Vaccination in Bombay 1856-1862 - 1856-1862
Year: 1856
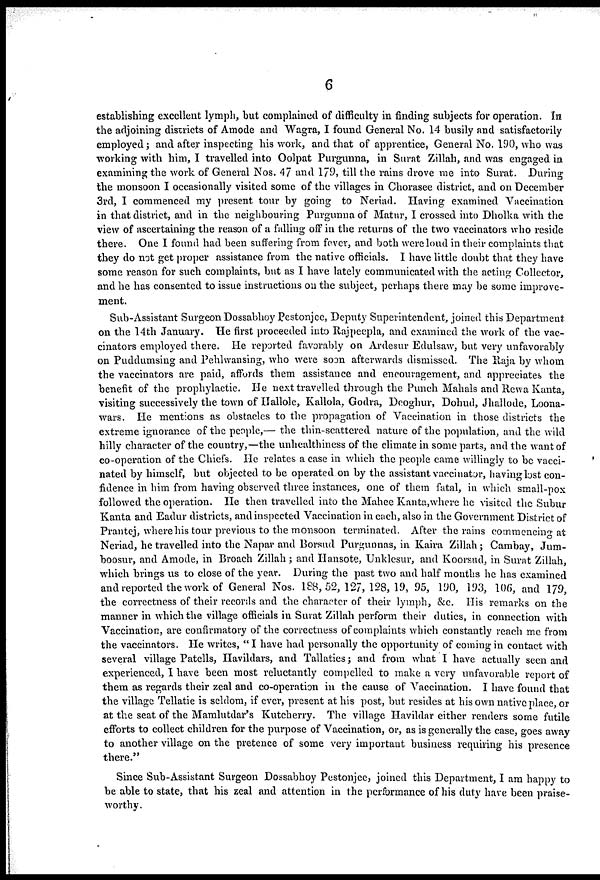
6
establishing excellent lymph, but complained of difficulty in finding subjects for operation. In
the adjoining districts of Amode and Wagra, I found General No. 14 busily and satisfactorily
employed ; and after inspecting his work, and that of apprentice, General No. 190, who was
working with him, I travelled into Oolpat Purgunna, in Surat Zillah, and was engaged in
examining the work of General Nos. 47 and 179, till the rains drove me into Surat. During
the monsoon I occasionally visited some of the villages in Chorasee district, and on December
3rd, I commenced my present tour by going to Neriad. Having examined Vaccination
in that district, and in the neighbouring Purgunna of Matur, I crossed into Dholka with the
view of ascertaining the reason of a falling off in the returns of the two vaccinators who reside
there. One I found had been suffering from fever, and both were loud in their complaints that
they do not get proper assistance from the native officials. I have little doubt that they have
some reason for such complaints, but as I have lately communicated with the acting Collector,
and he has consented to issue instructions on the subject, perhaps there may be some improve-
ment.
Sub-Assistant Surgeon Dossabhoy Pestonjee, Deputy Superintendent, joined this Department
on the 14th January. He first proceeded into Rajpeepla, and examined the work of the vac-
cinators employed there. He reported favorably on Ardesur Edulsaw, but very unfavorably
on Puddumsing and Pehlwansing, who were soon afterwards dismissed. The Raja by whom
the vaccinators are paid, affords them assistance and encouragement, and appreciates the
benefit of the prophylactic. He next travelled through the Punch Mahals and Rewa Kanta,
visiting successively the town of Hallole, Kallola, Godra, Deoghur, Dohud, Jhallode, Loona¬
wars. He mentions as obstacles to the propagation of Vaccination in those districts the
extreme ignorance of the people,— the thin-scattered nature of the population, and the wild
hilly character of the country,—the unhealthiness of the climate in some parts, and the want of
co-operation of the Chiefs. He relates a case in which the people came willingly to be vacci-
nated by himself, but objected to be operated on by the assistant vaccinator, having lost con-
fidence in him from having observed three instances, one of them fatal, in which small-pox
followed the operation. He then travelled into the Mahee Kanta,where he visited the Subur
Kanta and Eadur districts, and inspected Vaccination in each, also in the Government District of
Prantej, where his tour previous to the monsoon terminated. After the rains commencing at
Neriad, he travelled into the Napar and Borsud Purgunnas, in Kaira Zillah; Cambay, Jum¬
boosur, and Amode, in Broach Zillah; and Hansote, Unklesur, and Koorsud, in Surat Zillah,
which brings us to close of the year. During the past two and half months he has examined
and reported the work of General Nos. 188,52,127,128,19, 95, 190, 193, 106, and 179,
the correctness of their records and the character of their lymph, &c. His remarks on the
manner in which the village officials in Surat Zillah perform their duties, in connection with
Vaccination, are confirmatory of the correctness of complaints which constantly reach me from
the vaccinators. He writes, " I have had personally the opportunity of coming in contact with
several village Patells, Havildars, and Tallaties; and from what I have actually seen and
experienced, I have been most reluctantly compelled to make a very unfavorable report of
them as regards their zeal and co-operation in the cause of Vaccination. I have found that
the village Tellatie is seldom, if ever, present at his post, but resides at his own native place, or
at the seat of the Mamlutdar's Kutcherry. The village Havildar either renders some futile
efforts to collect children for the purpose of Vaccination, or, as is generally the case, goes away
to another village on the pretence of some very important business requiring his presence
there."
Since Sub-Assistant Surgeon Dossabhoy Pestonjee, joined this Department, I am happy to
be able to state, that his zeal and attention in the performance of his duty have been praise-
worthy.